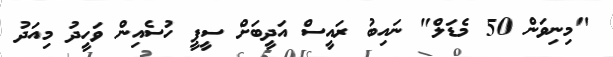
"މިނިވަން 50 މެޑަލް" ނައިބު ރައީސް އަދީބަށް ސީޕީ ހުސެއިން ވަހީދު މިއަދު